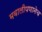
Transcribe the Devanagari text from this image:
मवालीपणानेच